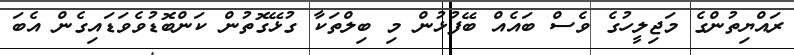
ރައްޔިތުންގެ މަޖިލީހުގެ ވެސް ބައެއް ބޭފުޅުން މި ބިލްތަކާ ގުޅޭގޮތުން ކަންބޮޑުވެވަޑައިގެން އެބަ